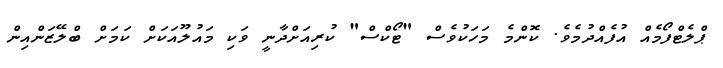
ޕްލެޓްފޯމެއް އުފެއްދުމެވެ. ކޮންމެ މަހަކުވެސް "ޓޯކްސް" ކުރިއަށްދާނީ ވަކި މައުލޫއަކަށް ކަމަށް ބްލޭޒަންއިން